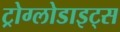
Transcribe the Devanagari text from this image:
ट्रोग्लोडाइट्स